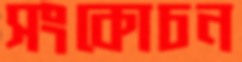
সংকোচন